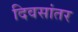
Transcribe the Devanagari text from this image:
दिवसांतर